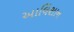
આલિશાન